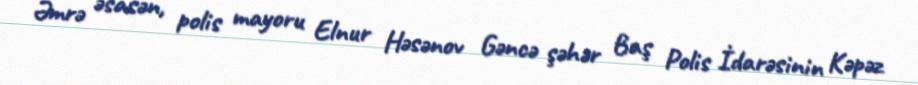
Əmrə əsasən, polis mayoru Elnur Həsənov Gəncə şəhər Baş Polis İdarəsinin Kəpəz